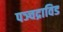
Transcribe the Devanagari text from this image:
पञ्चद्राविड